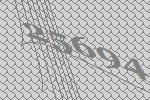
25694